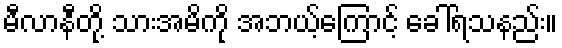
မီလာနီတို့ သားအမိကို အဘယ့်ကြောင့် ခေါ်ရသနည်း။